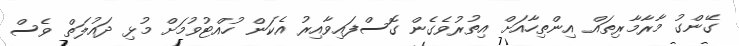
ގޭންގު މާރާމާރިތައް އިންތިހާއަށް އިތުރުވެގެން ގޮސްފައިވާއިރު އެކަން ހުއްޓުވުމަށް މުޅި ދައުލަތް ވެސް